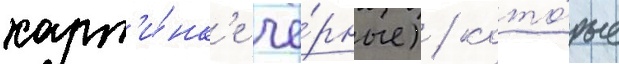
карт'и́нк'е чё́рные) / кото́рые